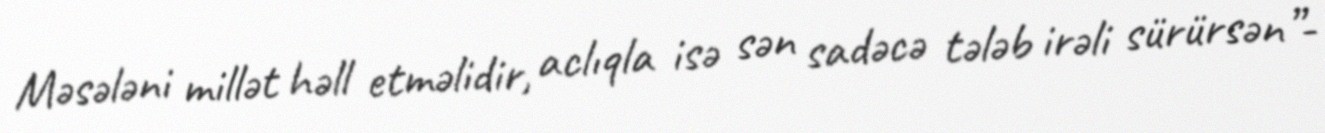
Məsələni millət həll etməlidir, aclıqla isə sən sadəcə tələb irəli sürürsən”-